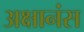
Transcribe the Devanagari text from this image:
अक्षानंस